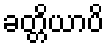
ခတ္တိယာပိ